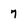
Character: 7